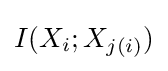
I(X_{i};X_{j(i)})